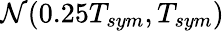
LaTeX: \mathcal{N}(0.25T_{sym},T_{sym})